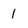
Character: 1